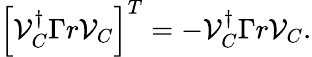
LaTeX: \begin{array}{r}{\left[\mathcal{V}_{C}^{\dagger}\Gamma r\mathcal{V}_{C}\right]^{T}=-\mathcal{V}_{C}^{\dagger}\Gamma r\mathcal{V}_{C}.}\end{array}